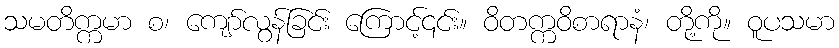
သမတိက္ကမာ စ၊ ကျော်လွန်ခြင်း ကြောင့်၎င်း။ ဝိတက္ကဝိစာရာနံ၊ တို့ကို။ ဝူပသမာ